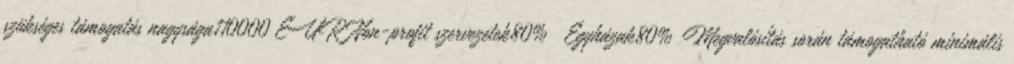
szükséges támogatás nagysága110000 EUR▪Non-profit szervezetek80% ▪Egyházak80%▪Megvalósítás során támogatható minimális